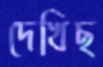
দেখিছ